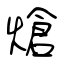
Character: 熗